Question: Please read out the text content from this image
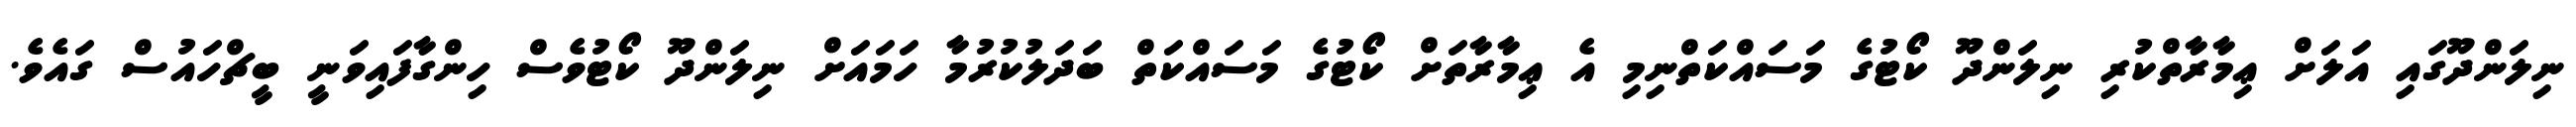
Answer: ނިލަންދޫގައި އަލަށް ޢިމާރާތްކުރި ނިލަންދޫ ކޯޓުގެ މަސައްކަތްނިމި އެ ޢިމާރާތަށް ކޯޓުގެ މަސައްކަތް ބަދަލުކުރުމާ ހަމައަށް ނިލަންދޫ ކޯޓުވެސް ހިންގާފައިވަނީ ބީޗްހައުސް ގައެވެ.